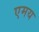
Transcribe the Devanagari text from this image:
एमय